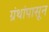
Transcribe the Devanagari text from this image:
ग्रंथांपासून